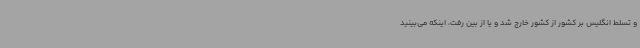
و تسلط انگلیس بر کشور از کشور خارج شد و یا از بین رفت، اینکه می‌بینید